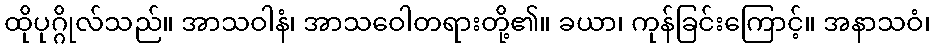
ထိုပုဂ္ဂိုလ်သည်။ အာသဝါနံ၊ အာသဝေါတရားတို့၏။ ခယာ၊ ကုန်ခြင်းကြောင့်။ အနာသဝံ၊